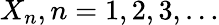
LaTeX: X_{n},n=1,2,3,\dots